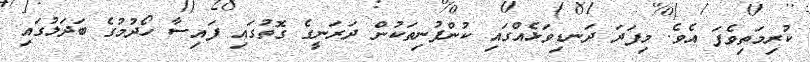
ކުރިމަތިވެފަ އެވެ. މިފަދަ ދަނޑިވަޅެއްގައި ކުންފުނިތަކުން ދަރަނީގެ ގޮތުގައި ފައިސާ ހޯދުމުގެ ބަދަލުގައި